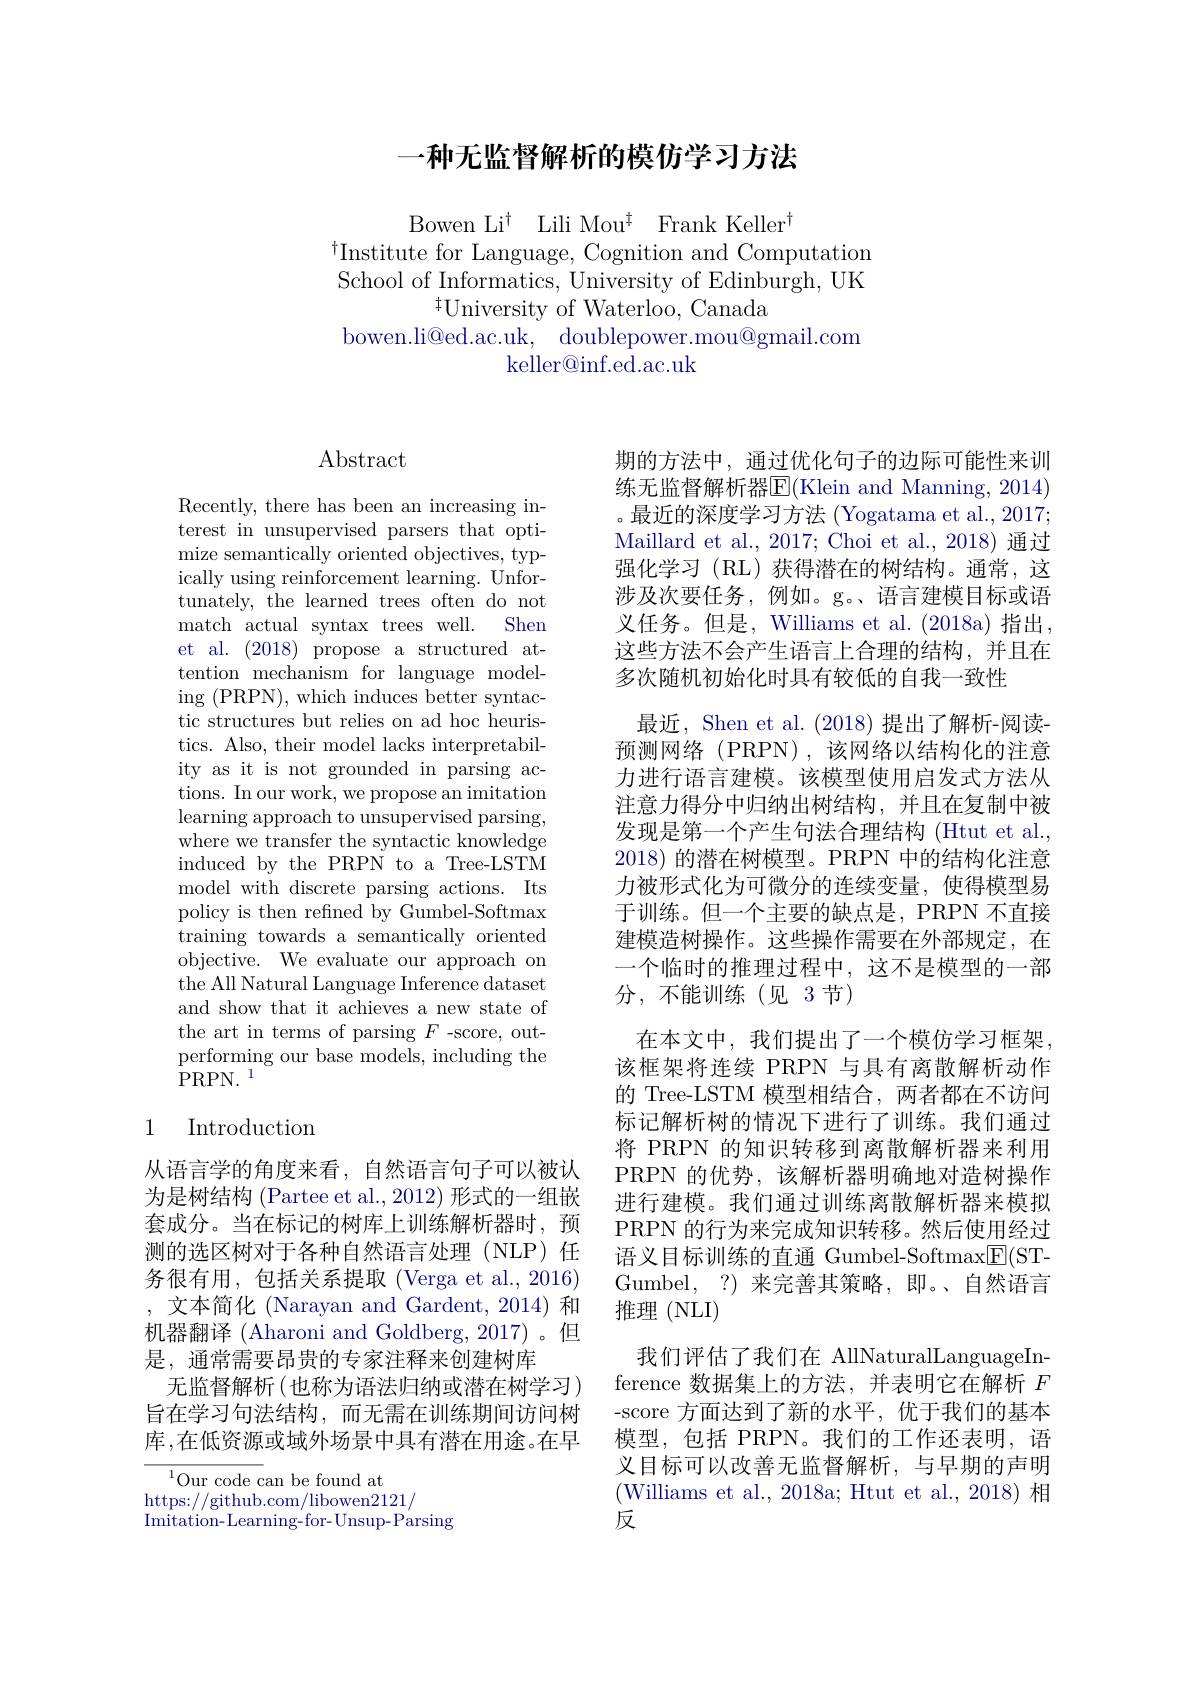
## 一种无监督解析的模仿学习方法

Bowen Li$^{\dagger}$ Lili Mou$^{\ddagger}$ Frank Keller$^{\dagger}$
$^{\dagger}$Institute for Language, Cognition and Computation School of Informatics, University of Edinburgh, UK
$^{\ddagger}$University of Waterloo, Canada
bowen.li@ed.ac.uk, doublepower.mou@gmail.com
$\operatorname{keller@inf.ed.ac.uk}$

## $\operatorname{Abstract}$

Recently, there has been an increasing interest in unsupervised parsers that optimize semantically oriented objectives, typically using reinforcement learning. Unfortunately, the learned trees often do not match actual syntax trees well. Shen et al. (2018) propose a structured attention mechanism for language modeling (PRPN),which induces better syntactic structures but relies on ad hoc heuristics. Also, their model lacks interpretability as it is not grounded in parsing actions. In our work, we propose an imitation learning approach to unsupervised parsing, where we transfer the syntactic knowledge induced by the PRPN to a Tree-LSTM model with discrete parsing actions. Its policy is then refined by Gumbel-Softmax training towards a semantically oriented objective. We evaluate our approach on the All Natural Language Inference dataset and show that it achieves a new state of the art in terms of parsing $F$-score, outperforming our base models, including the $\mathrm{PRPN.}^{1}$

## 1 Introduction

从语言学的角度来看，自然语言句子可以被认为是树结构 (Partee et al., 2012) 形式的一组嵌套成分。当在标记的树库上训练解析器时，预测的选区树对于各种自然语言处理(NLP)任务很有用，包括关系提取(Verga et al.,2016) ,文本简化 (Narayan and Gardent, 2014) 和机器翻译 (Aharoni and Goldberg, 2017)。但是，通常需要昂贵的专家注释来创建树库
无监督解析 (也称为语法归纳或潜在树学习) 旨在学习句法结构，而无需在训练期间访问树库，在低资源或域外场景中具有潜在用途。在早

${^{1}\text{Our code can be found at}}$
https://github.com/libowen2121/
Imitation- Learning- for- Unsup- Parsing

期的方法中，通过优化句子的边际可能性来训练无监督解析器E(Klein and Manning, 2014) 。最近的深度学习方法 (Yogatama et al., 2017; Maillard et al., 2017; Choi et al., 2018) 通过强化学习 (RL) 获得潜在的树结构。通常，这涉及次要任务，例如。g。、语言建模目标或语义任务。但是，Williams et al. (2018a)指出这些方法不会产生语言上合理的结构，并且在多次随机初始化时具有较低的自我一致性
最近，Shen et al. (2018)提出了解析-阅读预测网络(PRPN),该网络以结构化的注意力进行语言建模。该模型使用启发式方法从注意力得分中归纳出树结构，并且在复制中被发现是第一个产生句法合理结构(Htut et al., 2018) 的潜在树模型。PRPN 中的结构化注意力被形式化为可微分的连续变量，使得模型易于训练。但一个主要的缺点是，PRPN 不直接建模造树操作。这些操作需要在外部规定，在一个临时的推理过程中，这不是模型的一部分，不能训练(见3节)
在本文中，我们提出了一个模仿学习框架， 该框架将连续 PRPN 与具有离散解析动作的 Tree-LSTM 模型相结合，两者都在不访问标记解析树的情况下进行了训练。我们通过将 PRPN 的知识转移到离散解析器来利用PRPN 的优势，该解析器明确地对造树操作进行建模。我们通过训练离散解析器来模拟PRPN 的行为来完成知识转移。然后使用经过语义目标训练的直通 Gumbel-Softmax$\underline{\mathrm{E}}($STGumbel,?)来完善其策略，即。、自然语言推理 (NLI)
我们评估了我们在 AllNaturalLanguageInference 数据集上的方法，并表明它在解析$F$ -score 方面达到了新的水平，优于我们的基本模型，包括 PRPN。我们的工作还表明，语义目标可以改善无监督解析，与早期的声明(Williams et al., 2018a; Htut et al., 2018) 相反